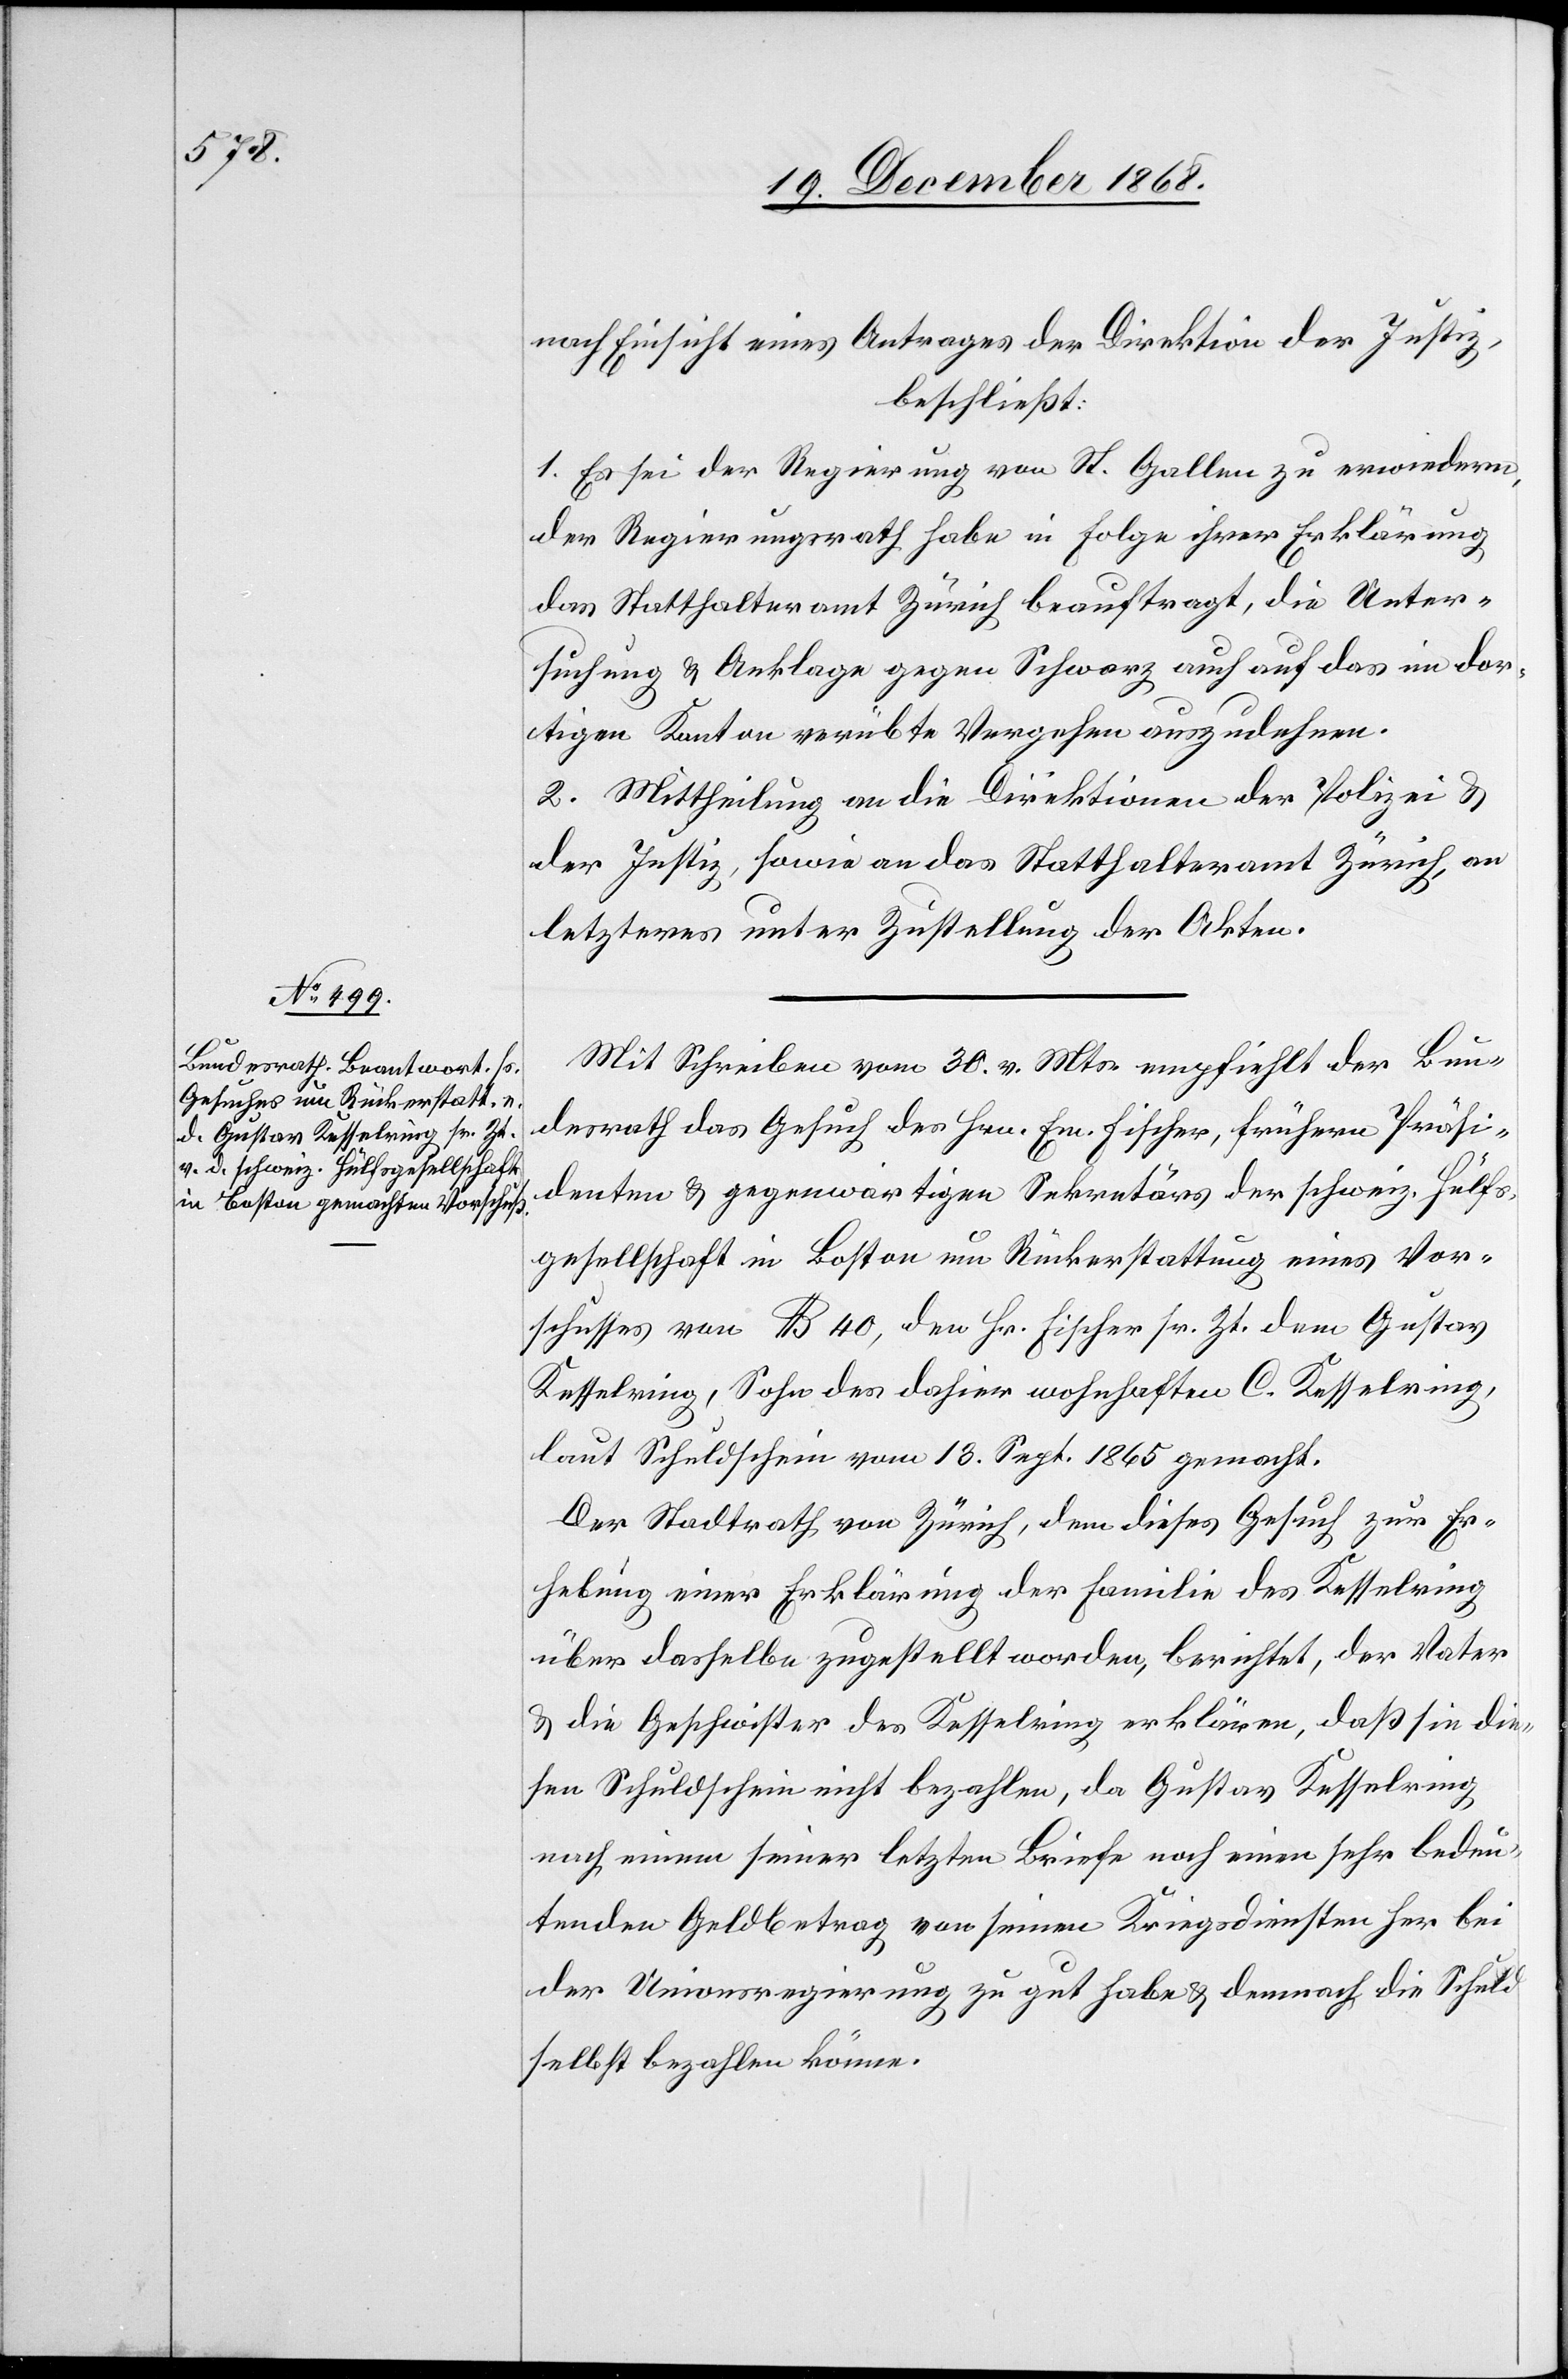
nach Einsicht eines Antrages der Direktion der Justiz,
beschließt:
1. Es sei der Regierung von St. Gallen zu erwiedern,
der Regierungsrath habe in Folge ihrer Erklärung
das Statthalteramt Zürich beauftragt, die Unter¬
suchung & Anklage gegen Schwarz auch auf das im dor¬
tigen Kanton verübte Vergehen auszudehnen.
2. Mittheilung an die Direktionen der Polizei &
der Justiz, sowie an das Statthalteramt Zürich, an
letzteres unter Zustellung der Akten.
Mit Schreiben vom 30. v. Mts. empfiehlt der Bun¬
desrath das Gesuch des Hrn. Em. Fischer, frühern Präsi¬
denten & gegenwärtigen Sekretärs der schweiz. Hülfs¬
gesellschaft in Boston um Rückerstattung eines Vor¬
schusses von $ 40, den Hr. Fischer sr. Zt. dem Gustav
Kesselring, Sohn des dahier wohnhaften C. Kesselring,
laut Schuldschein vom 13. Sept. 1865 gemacht.
Der Stadtrath von Zürich, dem dieses Gesuch zur Er¬
hebung einer Erklärung der Familie des Kesselring
über dasselbe zugestellt worden, berichtet, der Vater
& die Geschwister des Kesselring erklären, daß sie die¬
sen Schuldschein nicht bezahlen, da Gustav Kesselring
nach einem seiner letzten Briefe noch einen sehr bedeu¬
tenden Geldbetrag von seinen Kriegsdiensten her bei
der Unionsregierung zu gut habe & demnach die Schuld
selbst bezahlen könne.